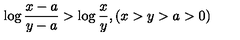
\log \frac { x - a } { y - a } > \log \frac { x } { y } , ( x > y > a > 0 )